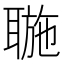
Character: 𦖮